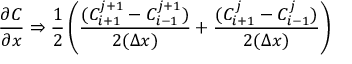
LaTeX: { \frac { \partial C } { \partial x } } \Rightarrow { \frac { 1 } { 2 } } \left( { \frac { ( C _ { i + 1 } ^ { j + 1 } - C _ { i - 1 } ^ { j + 1 } ) } { 2 ( \Delta x ) } } + { \frac { ( C _ { i + 1 } ^ { j } - C _ { i - 1 } ^ { j } ) } { 2 ( \Delta x ) } } \right)